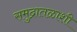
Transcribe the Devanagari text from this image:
समुद्रातळाशी